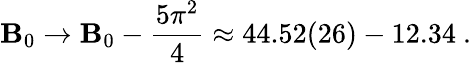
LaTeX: \mathbf{B}_{0}\rightarrow\mathbf{B}_{0}-\frac{{5\pi^{2}}}{{4}}\approx44.52(26)-12.34\ .